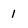
Character: 1